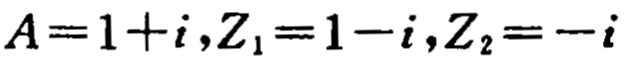
$A = 1 + i,Z_{1}=1 - i,Z_{2}=-i$